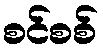
စင်စစ်